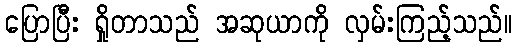
ပြောပြီး ရှိုတာသည် အဆုယာကို လှမ်းကြည့်သည်။